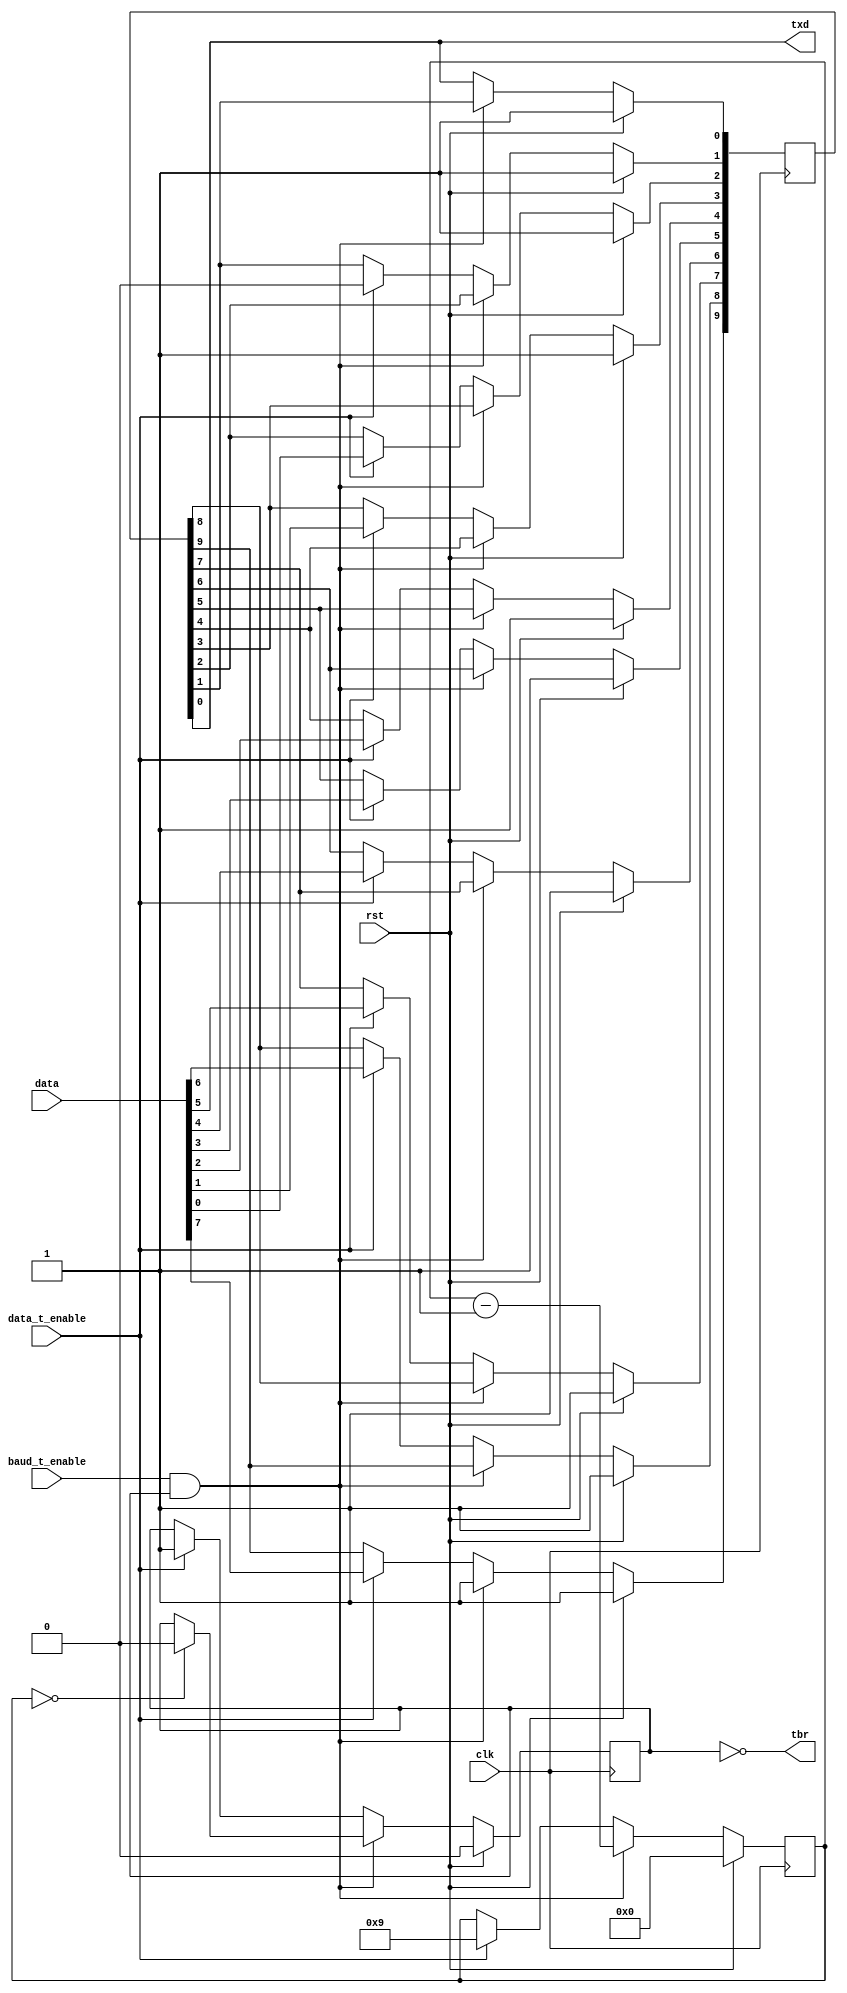
// Transmitter has two enables. 't_enable' to load data into the register, 'baud_enable' comes from the BRG
// 't_busy' is set based on whether the shift reg is full or empty
// 0th bit of shift register is always stop bit
// 1st bit of shift register is always start bit
// Bits 9:2 are data bits

module transmitter(input clk, input rst,input baud_t_enable, input data_t_enable, input [7:0]data, output txd, output tbr);

reg t_busy; 
reg [3:0]i;						// To shorthand the shift register
reg [9:0]t_shift_reg; // Shift register which operates at baud rate
reg [3:0]t_count; 		//Counter which counts till 9

assign txd = t_shift_reg[0];
assign tbr = ~t_busy;
always@(posedge clk) begin
	if(rst)begin
		t_shift_reg <= 10'h3ff;
		t_count <= 0;
		t_busy <= 0;
	end

	else if(baud_t_enable && t_busy) begin
		for(i=0 ; i < 4'b1001; i=i+1)
			t_shift_reg[i] <= t_shift_reg[i+1];
		t_shift_reg[9] <= 1'b1;
		t_count <= t_count - 1'b1;
		if(t_count == 0)
			t_busy <= 1'b0;
	end

	else if(data_t_enable)begin
		t_shift_reg[9:2] <= data[7:0];
		t_shift_reg[1] <= 1'b0;
		t_busy <=1'b1;		
		t_count <= 4'b1001;
	end
end
endmodule